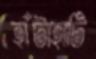
হাঁটাহাটি